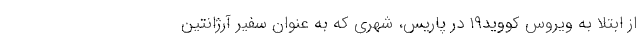
از ابتلا به ویروس کووید۱۹ در پاریس، شهری که به عنوان سفیر آرژانتین